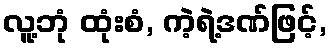
လူ့ဘုံ ထုံးစံ, ကဲ့ရဲ့ဒဏ်ဖြင့်,